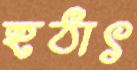
হঠাৎ